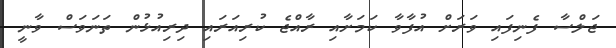
ޖަލްސާ ފެނިފައި ވަރަށް އުފާވާ ކަމަށާއި ރާއްޖެ ކުރިއަރައި ދިރިއުޅުން ތަނަވަސް ވާނީ